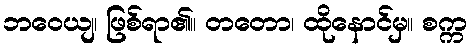
ဘဝေယျ၊ ဖြစ်ရာ၏။ တတော၊ ထိုနောင်မှ။ စက္က